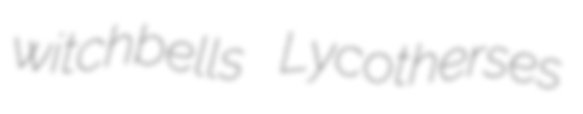
witchbells Lycotherses